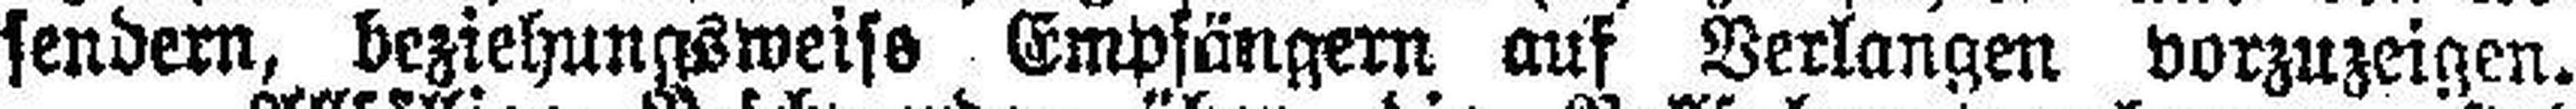
sendern, beziehungsweise Empfängern auf Verlangen vorzuzeigen.